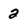
Character: a